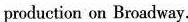
production on Broadway.